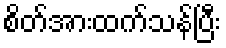
စိတ်အားထက်သန်ပြီး